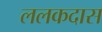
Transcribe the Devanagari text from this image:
ललकदास